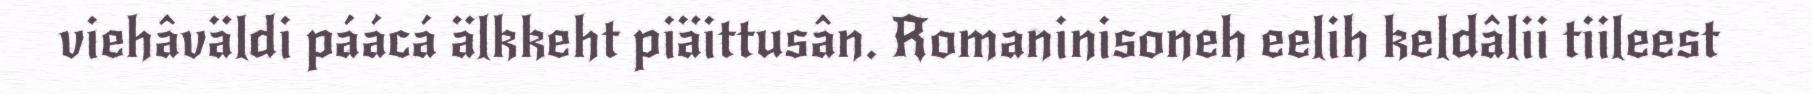
viehâväldi páácá älkkeht piäittusân. Romaninisoneh eelih keldâlii tiileest